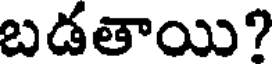
బడతాయి?